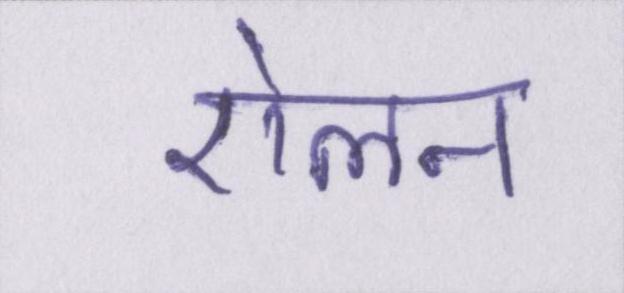
ऐलन